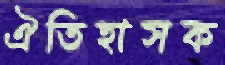
ঐতিহাসক